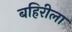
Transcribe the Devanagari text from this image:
बहिरीला